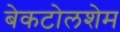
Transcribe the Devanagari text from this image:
बेकटोलशेम